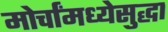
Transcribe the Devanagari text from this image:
मोर्चांमध्येसुद्धा